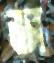
জ